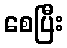
စေပြီး